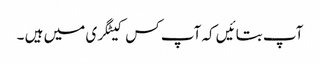
آپ بتائیں کہ آپ کس کیٹگری میں ہیں ۔